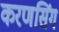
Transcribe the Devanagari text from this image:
करणसिंग